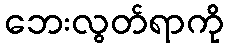
ဘေးလွတ်ရာကို